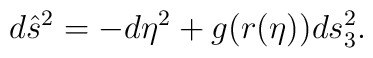
d\hat{s}^2=-d\eta^2+g(r(\eta))ds^2_3.